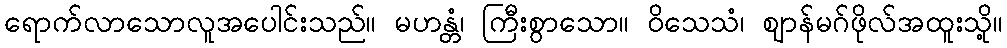
ရောက်လာသောလူအပေါင်းသည်။ မဟန္တံ၊ ကြီးစွာသော။ ဝိသေသံ၊ ဈာန်မဂ်ဖိုလ်အထူးသို့။